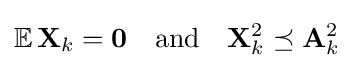
\mathbb {E} \,\mathbf {X} _{k}=\mathbf {0} \quad {\text{and}}\quad \mathbf {X} _{k}^{2}\preceq \mathbf {A} _{k}^{2}